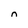
Character: n